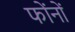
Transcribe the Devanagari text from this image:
फोंनों